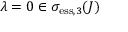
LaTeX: \lambda = 0 \in \sigma _ { \mathrm { e s s } , 3 } ( J )